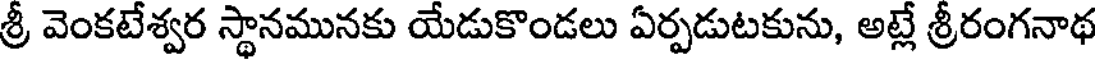
శ్రీ వెంకటేశ్వర స్థానమునకు యేడుకొండలు ఏర్పడుటకును, అట్లే శ్రీరంగనాథ